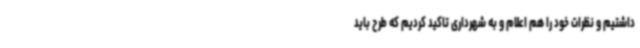
داشتیم و نظرات خود را هم اعلام و به شهرداری تاکید کردیم که طرح باید